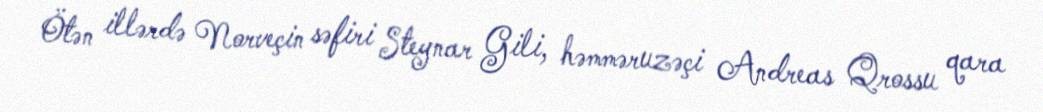
Ötən illərdə Norveçin səfiri Steynar Gili, həmməruzəçi Andreas Qrossu qara